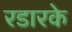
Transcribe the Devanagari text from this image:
रडारके